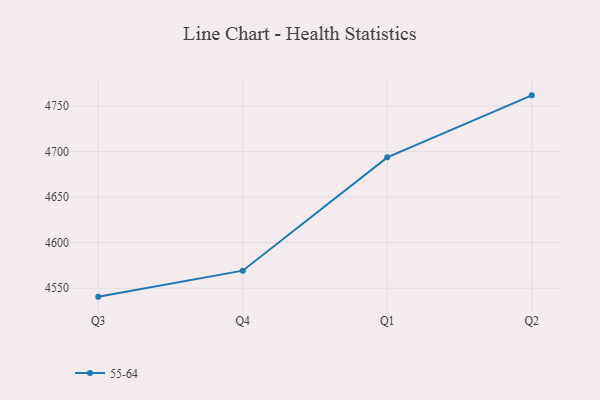
{"axis": {"x": "Quarter", "y": "Satisfaction Score"}, "legend": ["55-64"], "data": [{"x": "Q3", "y": 4540.7, "type": "55-64"}, {"x": "Q4", "y": 4569.2, "type": "55-64"}, {"x": "Q1", "y": 4693.5, "type": "55-64"}, {"x": "Q2", "y": 4761.5, "type": "55-64"}]}